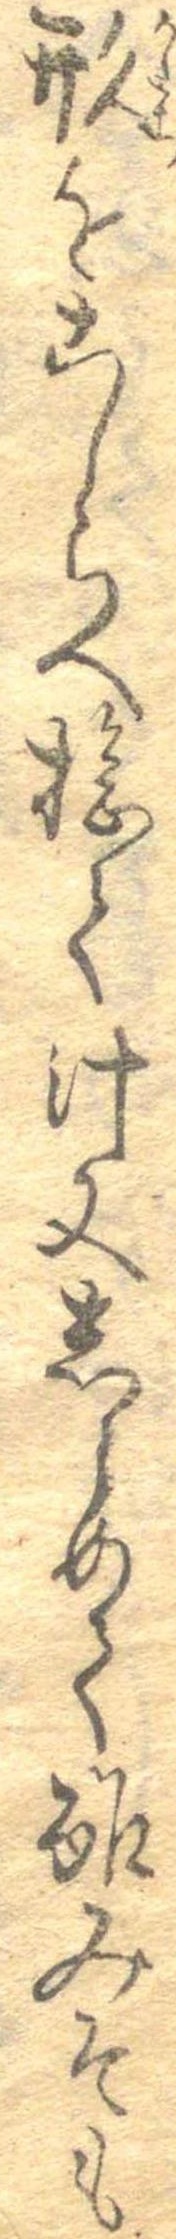
形をこしらへ捻て汁又しらめて酢みそも